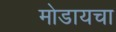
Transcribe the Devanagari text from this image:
मोडायचा